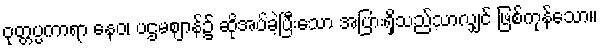
ဝုတ္တပ္ပကာရာ နေဝ၊ ပဌမဈာန်၌ ဆိုအပ်ခဲ့ပြီးသော အပြားရှိသည်သာလျှင် ဖြစ်ကုန်သော။